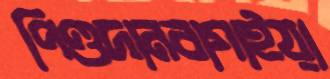
পিণ্ডদানবাগাইয়া